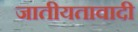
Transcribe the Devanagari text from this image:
जातीयतावादी